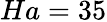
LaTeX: Ha=35